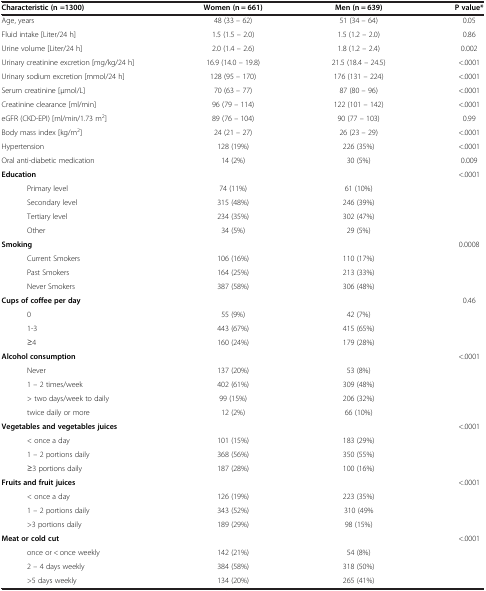
<table><thead><tr><td><b>Characteristic (n =1300)</b></td><td><b>Women (n = 661)</b></td><td><b>Men (n = 639)</b></td><td><b>P value*</b></td></tr></thead><tbody><tr><td>Age, years</td><td>48 (33 – 62)</td><td>51 (34 – 64)</td><td>0.05</td></tr><tr><td>Fluid intake [Liter/24 h]</td><td>1.5 (1.5 – 2.0)</td><td>1.5 (1.2 – 2.0)</td><td>0.86</td></tr><tr><td>Urine volume [Liter/24 h]</td><td>2.0 (1.4 – 2.6)</td><td>1.8 (1.2 – 2.4)</td><td>0.002</td></tr><tr><td>Urinary creatinine excretion [mg/kg/24 h]</td><td>16.9 (14.0 – 19.8)</td><td>21.5 (18.4 – 24.5)</td><td>&lt;.0001</td></tr><tr><td>Urinary sodium excretion [mmol/24 h]</td><td>128 (95 – 170)</td><td>176 (131 – 224)</td><td>&lt;.0001</td></tr><tr><td>Serum creatinine [μmol/L]</td><td>70 (63 – 77)</td><td>87 (80 – 96)</td><td>&lt;.0001</td></tr><tr><td>Creatinine clearance [ml/min]</td><td>96 (79 – 114)</td><td>122 (101 – 142)</td><td>&lt;.0001</td></tr><tr><td>eGFR (CKD-EPI) [ml/min/1.73 m<sup>2</sup>]</td><td>89 (76 – 104)</td><td>90 (77 – 103)</td><td>0.99</td></tr><tr><td>Body mass index [kg/m<sup>2</sup>]</td><td>24 (21 – 27)</td><td>26 (23 – 29)</td><td>&lt;.0001</td></tr><tr><td>Hypertension</td><td>128 (19%)</td><td>226 (35%)</td><td>&lt;.0001</td></tr><tr><td>Oral anti-diabetic medication</td><td>14 (2%)</td><td>30 (5%)</td><td>0.009</td></tr><tr><td><b>Education</b></td><td> </td><td> </td><td>&lt;.0001</td></tr><tr><td>Primary level</td><td>74 (11%)</td><td>61 (10%)</td><td> </td></tr><tr><td>Secondary level</td><td>315 (48%)</td><td>246 (39%)</td><td> </td></tr><tr><td>Tertiary level</td><td>234 (35%)</td><td>302 (47%)</td><td> </td></tr><tr><td>Other</td><td>34 (5%)</td><td>29 (5%)</td><td> </td></tr><tr><td><b>Smoking</b></td><td> </td><td> </td><td>0.0008</td></tr><tr><td>Current Smokers</td><td>106 (16%)</td><td>110 (17%)</td><td> </td></tr><tr><td>Past Smokers</td><td>164 (25%)</td><td>213 (33%)</td><td> </td></tr><tr><td>Never Smokers</td><td>387 (58%)</td><td>306 (48%)</td><td> </td></tr><tr><td><b>Cups of coffee per day</b></td><td> </td><td> </td><td>0.46</td></tr><tr><td>0</td><td>55 (9%)</td><td>42 (7%)</td><td> </td></tr><tr><td>1-3</td><td>443 (67%)</td><td>415 (65%)</td><td> </td></tr><tr><td>≥4</td><td>160 (24%)</td><td>179 (28%)</td><td> </td></tr><tr><td><b>Alcohol consumption</b></td><td> </td><td> </td><td>&lt;.0001</td></tr><tr><td>Never</td><td>137 (20%)</td><td>53 (8%)</td><td> </td></tr><tr><td>1 – 2 times/week</td><td>402 (61%)</td><td>309 (48%)</td><td> </td></tr><tr><td>&gt; two days/week to daily</td><td>99 (15%)</td><td>206 (32%)</td><td> </td></tr><tr><td>twice daily or more</td><td>12 (2%)</td><td>66 (10%)</td><td> </td></tr><tr><td><b>Vegetables and vegetables juices</b></td><td> </td><td> </td><td>&lt;.0001</td></tr><tr><td>&lt; once a day</td><td>101 (15%)</td><td>183 (29%)</td><td> </td></tr><tr><td>1 – 2 portions daily</td><td>368 (56%)</td><td>350 (55%)</td><td> </td></tr><tr><td>≥3 portions daily</td><td>187 (28%)</td><td>100 (16%)</td><td> </td></tr><tr><td><b>Fruits and fruit juices</b></td><td> </td><td> </td><td>&lt;.0001</td></tr><tr><td>&lt; once a day</td><td>126 (19%)</td><td>223 (35%)</td><td> </td></tr><tr><td>1 – 2 portions daily</td><td>343 (52%)</td><td>310 (49%</td><td> </td></tr><tr><td>&gt;3 portions daily</td><td>189 (29%)</td><td>98 (15%)</td><td> </td></tr><tr><td><b>Meat or cold cut</b></td><td> </td><td> </td><td>&lt;.0001</td></tr><tr><td>once or &lt; once weekly</td><td>142 (21%)</td><td>54 (8%)</td><td> </td></tr><tr><td>2 – 4 days weekly</td><td>384 (58%)</td><td>318 (50%)</td><td> </td></tr><tr><td>&gt;5 days weekly</td><td>134 (20%)</td><td>265 (41%)</td><td> </td></tr></tbody></table>